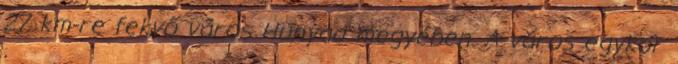
27 km-re fekvő város Hunyad megyében. A város egykor